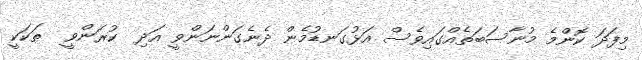
މިފަދަ ކޮންމެ މުނާސަބަތެއްގައިވެސް އަޅުގަނޑުމެން ދެނެގަންނަންވީ އަދި  ކުރަންވީ  ތަކަކީ